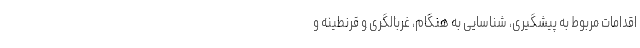
اقدامات مربوط به پیشگیری، شناسایی به هنگام، غربالگری و قرنطینه و